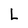
Character: L